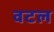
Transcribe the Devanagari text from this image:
वटल